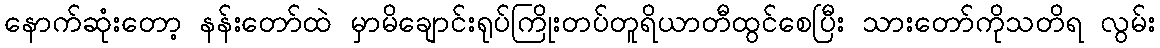
နောက်ဆုံးတော့ နန်းတော်ထဲ မှာမိချောင်းရုပ်ကြိုးတပ်တူရိယာတီထွင်စေပြီး သားတော်ကိုသတိရ လွမ်း